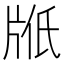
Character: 𤖿